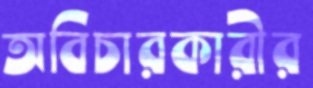
অবিচারকারীর